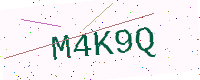
Text: M4K9Q